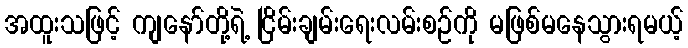
အထူးသဖြင့် ကျနော်တို့ရဲ့ ငြိမ်းချမ်းရေးလမ်းစဉ်ကို မဖြစ်မနေသွားရမယ့်